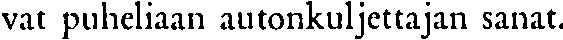
vat puheliaan autonkuljettajan sanat.